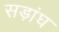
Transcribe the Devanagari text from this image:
सड़ांघ